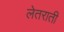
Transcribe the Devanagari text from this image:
लेतराती